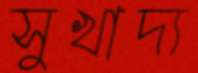
সুখাদ্য